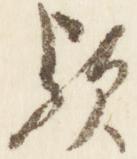
歟